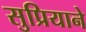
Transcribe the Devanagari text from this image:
सुप्रियाने